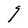
Character: g